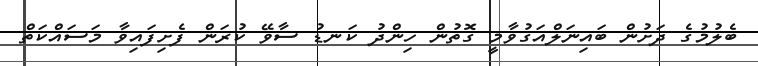
ބެލުމުގެ ދަށުން ބައިނަލްއަގުވާމީ ގޮތުން ހިންދު ކަނޑު ސާވޭ ކުރަން ފެށިފައިވާ މަސައްކަތް